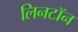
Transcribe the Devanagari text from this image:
लिनटॉन